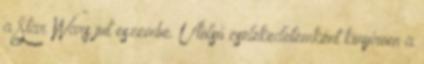
a Star Wars jut eszembe. Utolsó cselekedetemként kinyírom a